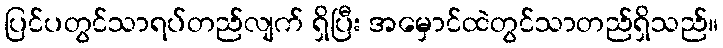
ပြင်ပတွင်သာရပ်တည်လျက် ရှိပြီး အမှောင်ထဲတွင်သာတည်ရှိသည်။